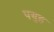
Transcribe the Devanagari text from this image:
पयुह